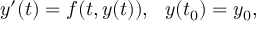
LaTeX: y ^ { \prime } ( t ) = f ( t , y ( t ) ) , \ \ y ( t _ { 0 } ) = y _ { 0 } ,